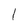
Character: l